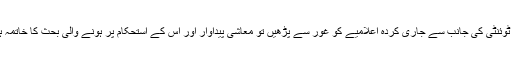
اگر ہم جی ٹوئنٹی کی جانب سے جاری کردہ اعلامیے کو غور سے پڑھیں تو معاشی پیداوار اور اس کے استحکام پر ہونے والی بحث کا خاتمہ ہوجائے گا۔